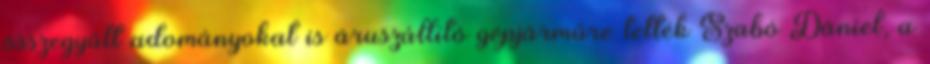
összegyűlt adományokat is áruszállító gépjárműre tették Szabó Dániel, a